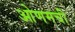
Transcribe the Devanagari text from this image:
ओणमची